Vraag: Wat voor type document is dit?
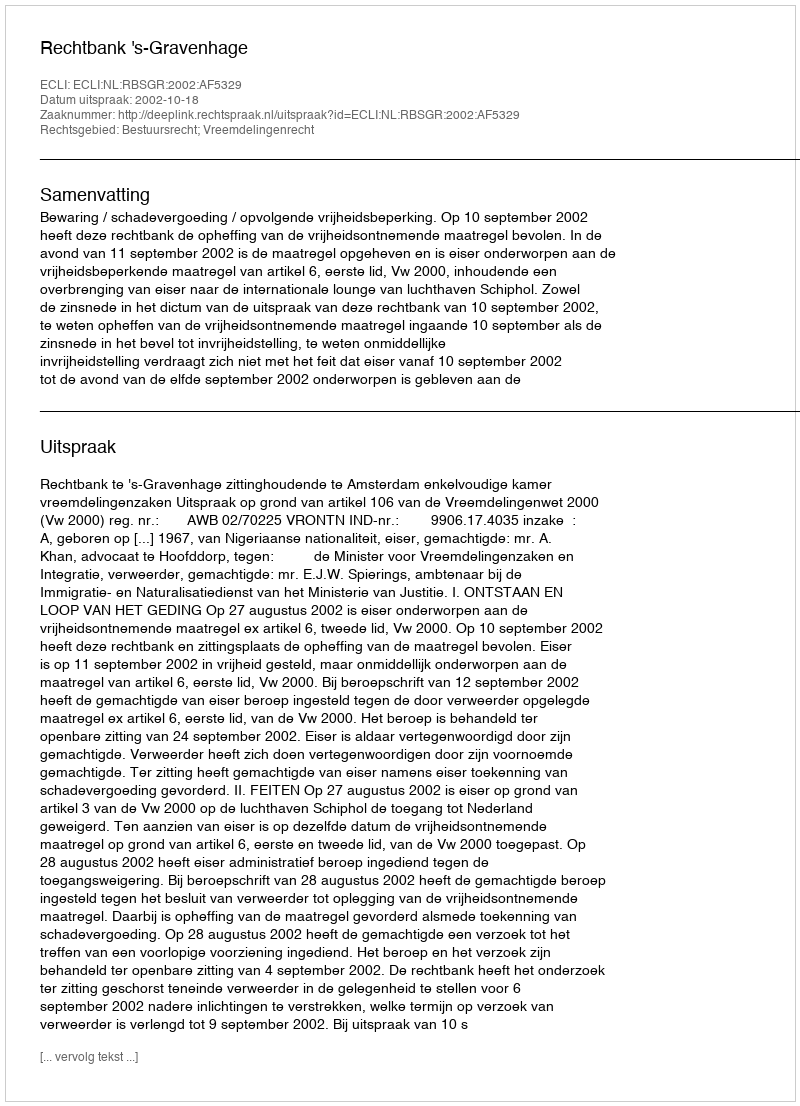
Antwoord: Uitspraak